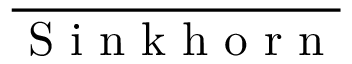
\overline { { \mathrm { ~ S ~ i ~ n ~ k ~ h ~ o ~ r ~ n ~ } } }